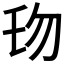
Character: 𠣔